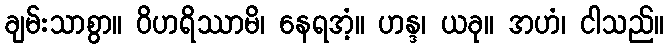
ချမ်းသာစွာ။ ဝိဟရိဿာမိ၊ နေရအံ့။ ဟန္ဒ၊ ယခု။ အဟံ၊ ငါသည်။